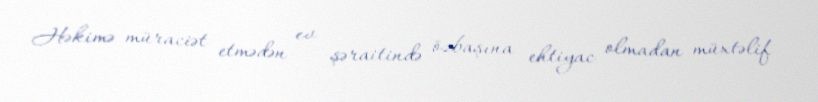
Həkimə müraciət etmədən ev şəraitində özbaşına ehtiyac olmadan müxtəlif